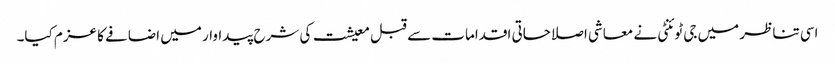
اسی تناظر میں جی ٹوئنٹی نے معاشی اصلاحاتی اقدامات سے قبل معیشت کی شرح پیداوار میں اضافے کا عزم کیا۔